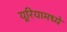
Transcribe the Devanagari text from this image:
यूरियामध्ये